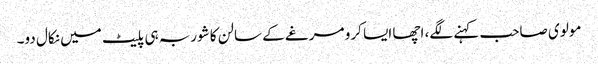
مولوی صاحب کہنے لگے، اچھا ایسا کرو مرغے کے سالن کا شوربہ ہی پلیٹ میں نکال دو۔